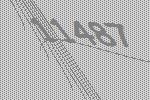
11487